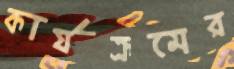
কার্যক্রমের